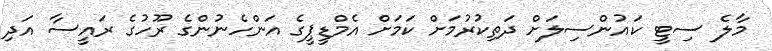
މާލެ ސިޓީ ކައުންސިލަށް ދަތިކުރުމަށް ކަމަށް އެމްޑީޕީގެ އަންހެނުންގެ ރޫހުގެ ރައީސާ އަދި